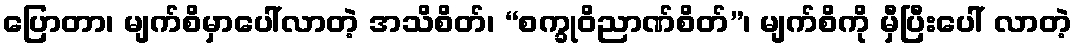
ပြောတာ၊ မျက်စိမှာပေါ်လာတဲ့ အသိစိတ်၊ “စက္ခုဝိညာဏ်စိတ်”၊ မျက်စိကို မှီပြီးပေါ် လာတဲ့